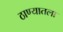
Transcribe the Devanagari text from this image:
ठाण्यातला